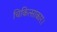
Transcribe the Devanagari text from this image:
चिकित्साकार।